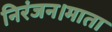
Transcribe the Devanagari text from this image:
निरंजन।माता